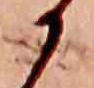
か